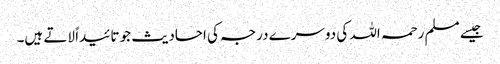
جیسے مسلم رحمہ اللہ کی دوسرے درجہ کی احادیث جو تائیداً لاتے ہیں۔